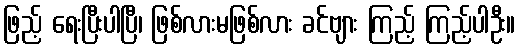
ဖြည့် ရေးပြီးပါပြီ၊ ဖြစ်လားမဖြစ်လား ခင်ဗျား ကြည့် ကြည့်ပါဦး။